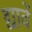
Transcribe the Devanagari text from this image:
द्यावें